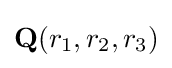
\mathbf {Q} (r_{1},r_{2},r_{3})